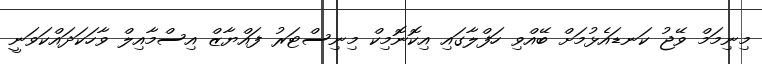
މިނިމަމް ވޭޖު ކަނޑައެޅުމަށް ބޭއްވި ހަފްލާގައި އިކޮނޮމިކް މިނިސްޓަރު ފައްޔާޒް އިސްމާއިލް ވާހަކަދައްކަވަނީ